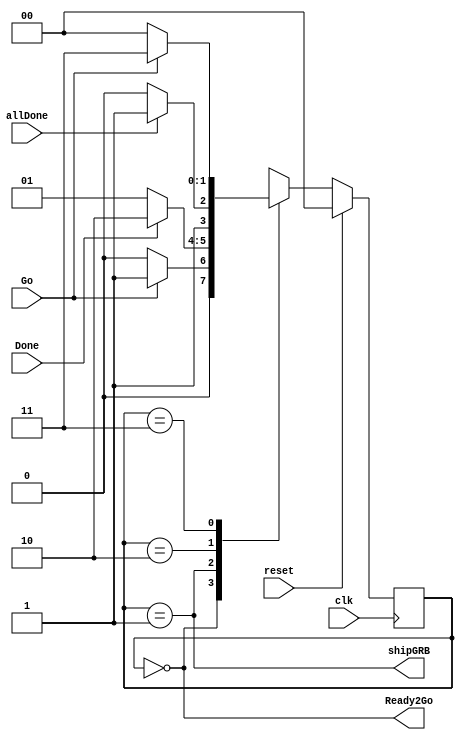
// Ean Hughes & Michael
// Project 1
// This is the Solid state machine that determines whether we light up the lights or not
module LightsOn(shipGRB,Done,Go,clk,reset,allDone,Ready2Go);
	output	shipGRB, Ready2Go;
	input	allDone, Done, Go;
	input	clk, reset;

	reg [1:0]	S, nS;
	parameter	SWAIT=2'b00, SSHIP=2'b01, SRET=2'b10, SDBOUNCE=2'b11;

	always @(posedge clk)
		if(reset)
			S <= SWAIT;
		else
			S <= nS;

	always @(S, Go, Done, allDone)
		case(S)
			SWAIT: 		nS = Go      ? SSHIP    : SWAIT;
			SSHIP:		nS = Done    ? SRET     : SSHIP;
      SRET:		  nS = allDone ? SDBOUNCE : SRET;
			SDBOUNCE:	nS = Go      ? SDBOUNCE : SWAIT;
			default:	nS = SWAIT;
		endcase

  assign Ready2Go = (S==SWAIT);  // okay to press Go
	assign shipGRB  = (S==SSHIP);  // send data bits
endmodule